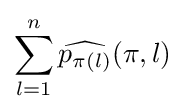
\sum _{l=1}^{n}{\widehat {p_{\pi (l)}}}(\pi ,l)